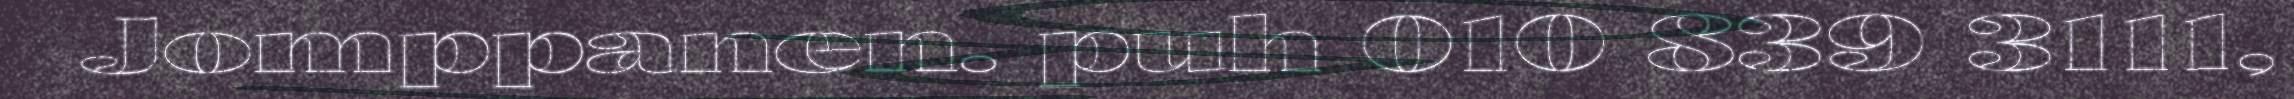
Jomppanen. puh 010 839 3111,